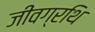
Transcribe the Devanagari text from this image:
जीवग्रथि